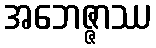
အဘေဇ္ဇာဿ